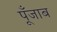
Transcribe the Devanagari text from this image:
पूँजाब